Lunatic asylums Central Provinces reports 1874-1885 - 1874-1885
Year: 1874
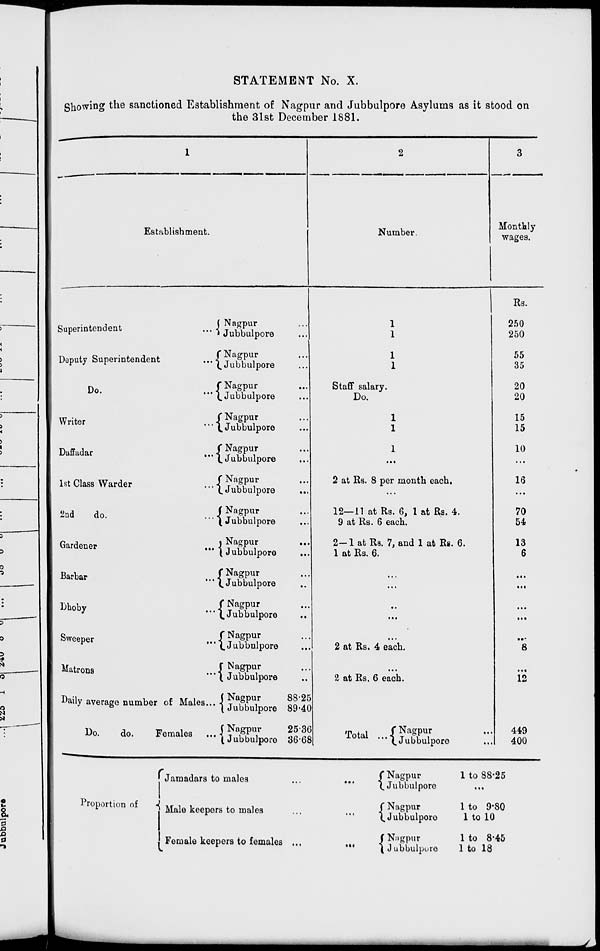
STATEMENT No. X.
Showing the sanctioned Establishment of Nagpur and Jubbulpore Asylums as it stood on
the 31st December 1881.
1
Establishment.
Superintendent
...
Deputy Superintendent
...
Do.
...
Writer
...
Daffadar
...
1st Class Warder
...
2nd
do.
...
Gardener
...
Barbar
...
Dboby
...
Sweeper
...
Matrons
...
Daily average number of Males ...
Do.
do.
Females ...
Nagpur ...
Jubbulpore ...
Nagpur ...
Jubbulpore ...
Nagpur ...
Jubbulpore ...
Nagpur ...
Jubbulpore ...
Nagpur ...
Jubbulpore ...
Nagpur
...
Jubbulpore
...
Nagpur ...
Jubbulpore ...
Nagpur
...
Jubbulpore ...
Nagpur ...
Jubbulpore ...
Nagpur ...
Jubbulpore
...
Nagpur ...
Jubbulpore ...
Nagpur ...
Jubbulpore ...
Nagpur
88.25
Jubbulpore 89.40
Nagpur
25.36
Jubbulpore 36.68
2
Number.
1
1
1
1
Staff salary.
Do.
1
1
1
...
2 at Rs. 8 per month each.
...
12—11 at Rs. 6, 1 at Rs. 4.
9 at Rs. 6 each.
2—1 at Rs. 7, and 1 at Rs. 6.
1 at Rs. 6.
...
...
...
...
...
2 at Rs. 4 each.
...
2 at Rs. 6 each.
Total ... Nagpur ...
Jubbulpore ...
3
Monthly
wages.
Rs.
250
250
55
35
20
20
15
15
10
...
16
...
70
54
13
6
...
...
...
...
...
8
...
12
449
400
Proportion of
Jamadars to males
... ...
Male keepers to males
... ...
Female keepers to females ... ...
Nagpur
Jubbulpore
Nagpur
Jubbulpore
Nagpur
Jubbulpore
1 to 88.25
...
1 to 9.80
1 to 10
1 to 8.45
1 to 18